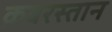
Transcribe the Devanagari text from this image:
क़बरस्तान